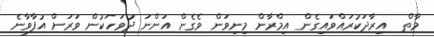
މާތް  އިރާދަކުރައްވައިގެން އިމްރާން މިނިވަން ވެގެން އަންނަ ދުވަހަކުން ވަރަށް އުފާވާނެ